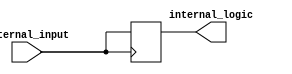
module io_buffer (
    input wire external_input,
    output reg internal_logic
);

// Multiplexing, level shifting, and impedance matching logic here

always @(posedge external_input)
begin
    // Register logic to store and synchronize incoming data
    internal_logic <= external_input;
end

always @(posedge internal_logic)
begin
    // Driver logic to transmit outgoing data at high speed
    // Additional output voltage level control logic here
end

endmodule